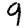
Digit: 9